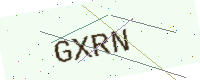
Text: GXRN